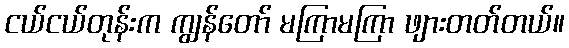
ငယ်ငယ်တုန်းက ကျွန်တော် မကြာမကြာ ဖျားတတ်တယ်။